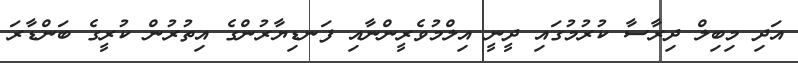
އަދި މިބިލް ދިރާސާ ކުރުމުގައި ދީނީ އިލްމުވެރީންނާއި ފަނޑިޔާރުންގެ އިތުރުން ކުރީގެ ބަންޑާރަ